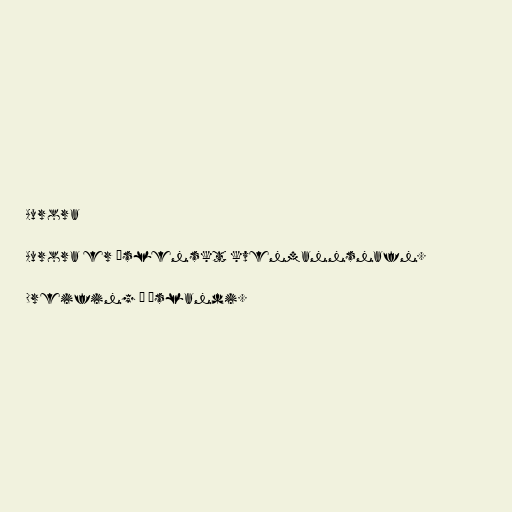
Aurora

Aurora er íslenskt kvenmannsnafn.

Dreifing á Íslandi.